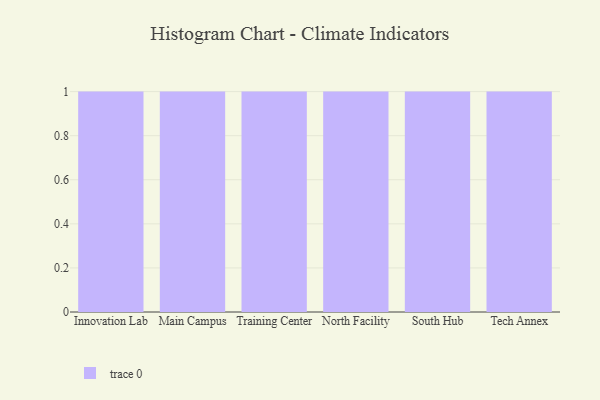
{"axis": {"x": "Campus", "y": "Temperature (°C)"}, "legend": [""], "data": [{"x": "Innovation Lab", "y": 98, "type": ""}, {"x": "Main Campus", "y": 2, "type": ""}, {"x": "Training Center", "y": 86, "type": ""}, {"x": "North Facility", "y": 37, "type": ""}, {"x": "South Hub", "y": 49, "type": ""}, {"x": "Tech Annex", "y": 61, "type": ""}]}